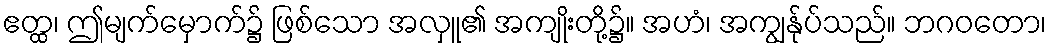
ဧတ္ထ၊ ဤမျက်မှောက်၌ ဖြစ်သော အလှူ၏ အကျိုးတို့၌။ အဟံ၊ အကျွန်ုပ်သည်။ ဘဂဝတော၊